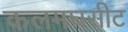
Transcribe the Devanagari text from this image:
कलमघसीट